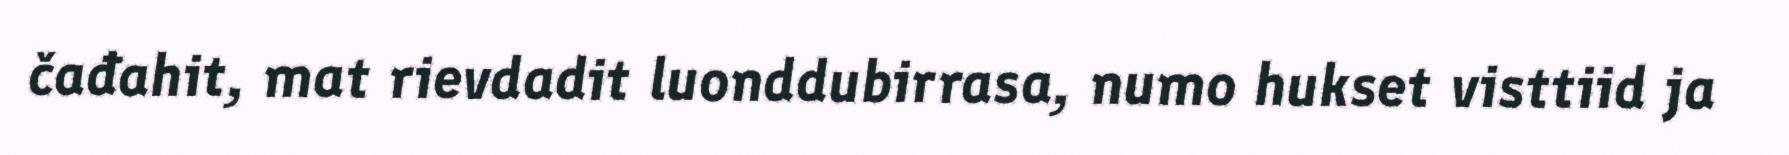
čađahit, mat rievdadit luonddubirrasa, numo hukset visttiid ja